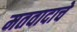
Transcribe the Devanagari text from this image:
मतवादाचे